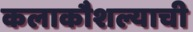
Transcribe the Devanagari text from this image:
कलाकौशल्याची